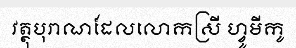
វត្ថុបុរាណដែលលោកស្រី ហ្វូមីកូ